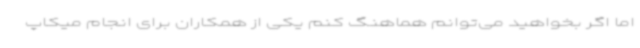
اما اگر بخواهید می‌توانم هماهنگ کنم یکی از همکاران برای انجام میکاپ